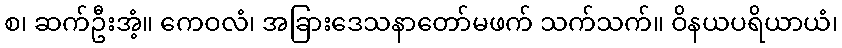
စ၊ ဆက်ဦးအံ့။ ကေဝလံ၊ အခြားဒေသနာတော်မဖက် သက်သက်။ ဝိနယပရိယာယံ၊